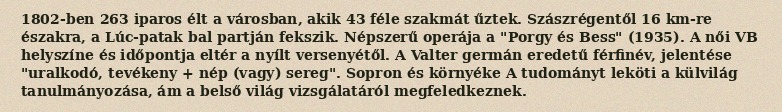
1802-ben 263 iparos élt a városban, akik 43 féle szakmát űztek. Szászrégentől 16 km-re északra, a Lúc-patak bal partján fekszik. Népszerű operája a "Porgy és Bess" (1935). A női VB helyszíne és időpontja eltér a nyílt versenyétől. A Valter germán eredetű férfinév, jelentése "uralkodó, tevékeny + nép (vagy) sereg". Sopron és környéke A tudományt leköti a külvilág tanulmányozása, ám a belső világ vizsgálatáról megfeledkeznek.